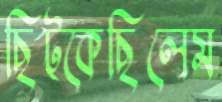
ছিট্‌কেছিলেম